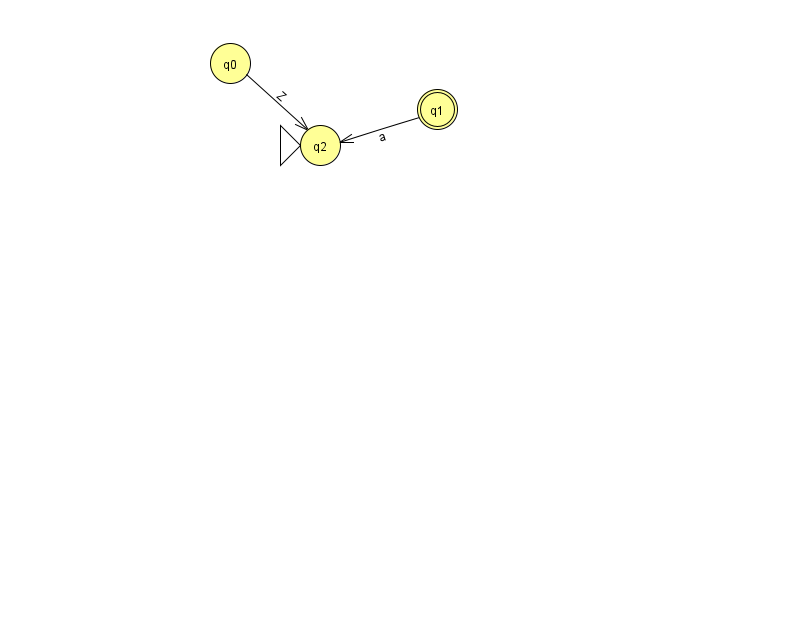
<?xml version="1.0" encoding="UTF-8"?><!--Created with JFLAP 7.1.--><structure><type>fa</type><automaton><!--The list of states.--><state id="0" name="q0"><x>230.0</x><y>50.0</y></state><state id="1" name="q1"><x>437.0</x><y>96.0</y><final/></state><state id="2" name="q2"><x>320.0</x><y>132.0</y><initial/></state><!--The list of transitions.--><transition><from>1</from><to>2</to><read>a</read></transition><transition><from>0</from><to>2</to><read>Z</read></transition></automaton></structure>